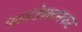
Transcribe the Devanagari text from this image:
फाउंडेशनसकट